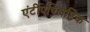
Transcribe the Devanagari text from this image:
एंटीएपिलेप्टिक